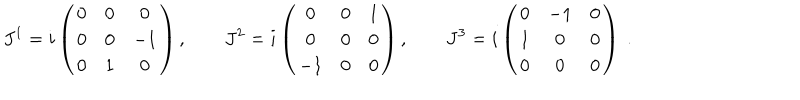
LaTeX: { J } ^ { 1 } = i \left( \begin{array} { c c c } { { 0 } } & { { 0 } } & { { 0 } } \\ { { 0 } } & { { 0 } } & { { - 1 } } \\ { { 0 } } & { { 1 } } & { { 0 } } \\ \end{array} \right) , \quad \quad { J } ^ { 2 } = i \left( \begin{array} { c c c } { { 0 } } & { { 0 } } & { { 1 } } \\ { { 0 } } & { { 0 } } & { { 0 } } \\ { { - 1 } } & { { 0 } } & { { 0 } } \\ \end{array} \right) , \quad \quad { J } ^ { 3 } = i \left( \begin{array} { c c c } { { 0 } } & { { - 1 } } & { { 0 } } \\ { { 1 } } & { { 0 } } & { { 0 } } \\ { { 0 } } & { { 0 } } & { { 0 } } \\ \end{array} \right) ~ .